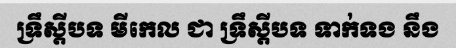
ទ្រឹស្តីបទ មីកេល ជា ទ្រឹស្តីបទ ទាក់ទង នឹង